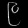
Digit: ၉